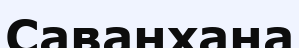
Саванхана